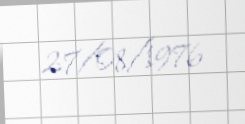
27/08/1976